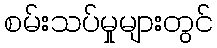
စမ်းသပ်မှုများတွင်